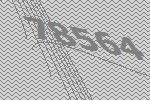
78564